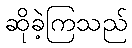
ဆိုခဲ့ကြသည်